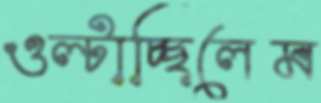
ওল্‌টাচ্ছিলেম